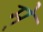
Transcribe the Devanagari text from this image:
मे्